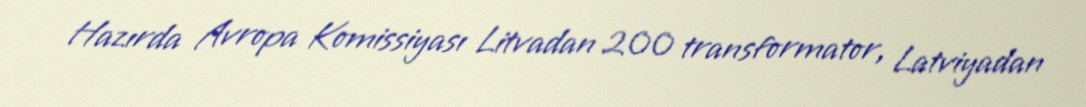
Hazırda Avropa Komissiyası Litvadan 200 transformator, Latviyadan